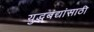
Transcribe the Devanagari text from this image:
युद्धबंद्यांसाठी